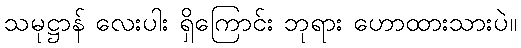
သမုဋ္ဌာန် လေးပါး ရှိကြောင်း ဘုရား ဟောထားသားပဲ။